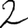
Digit: 2